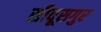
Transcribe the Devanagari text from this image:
सीवूसगुर